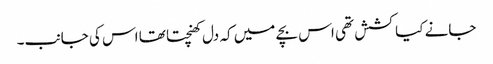
جانے کیا کشش تھی اس بچے میں کہ دل کھنچتا تھا اس کی جانب۔